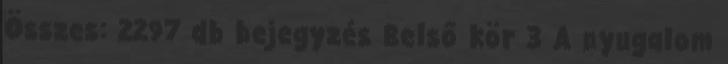
Összes: 2297 db bejegyzés Belső kör 3 A nyugalom